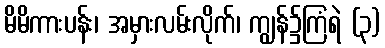
မိမိကားပန်း၊ အမှားလမ်းလိုက်၊ ကျွန်၌ကြံရဲ (၃)